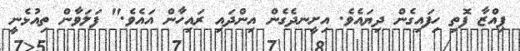
ޕިއްޒާ ފޮތި ހިފައިގެން ދިޔައެވެ. އިށީނދެގެން އިންދައި ރައިހާން އައެވެ." ފަލަވާން ތިއުޅެނީ